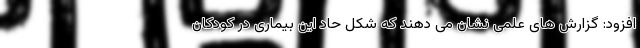
افزود: گزارش های علمی نشان می دهند که شکل حاد این بیماری در کودکان